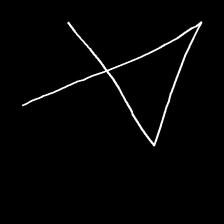
Glyph: collection